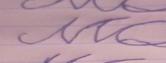
Signature authenticity: forged